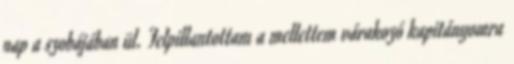
nap a szobájában ül. Felpillantottam a mellettem várakozó kapitányomra